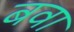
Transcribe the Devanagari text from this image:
बवा